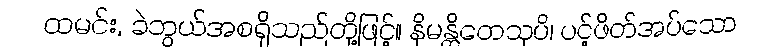
ထမင်း, ခဲဘွယ်အစရှိသည်တို့ဖြင့်။ နိမန္တိတေသုပိ၊ ပင့်ဖိတ်အပ်သော